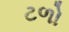
ટળો